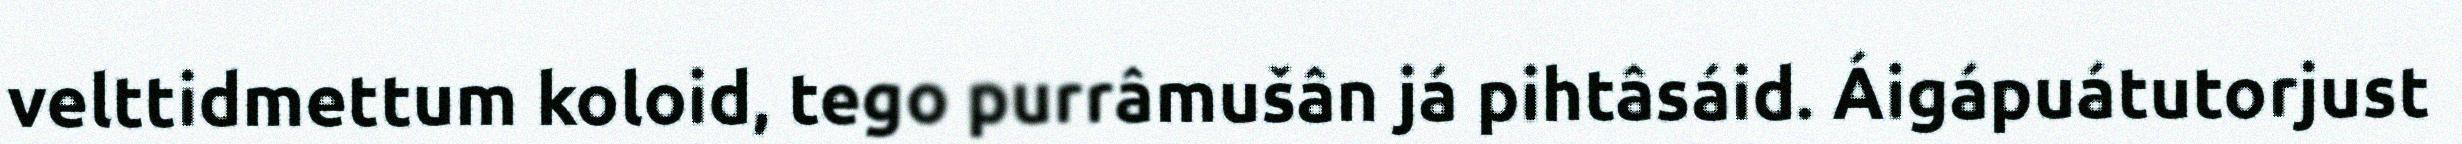
velttidmettum koloid, tego purrâmušân já pihtâsáid. Áigápuátutorjust